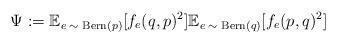
LaTeX: \begin{align*} \Psi := \mathbb{E}_{\textrm{$e \sim $ Bern$(p)$}} [f_{e}(q,p)^2] \mathbb{E}_{\textrm{$e \sim$ Bern$(q)$}} [f_{e}(p,q)^2]\end{align*}